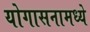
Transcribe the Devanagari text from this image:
योगासनामध्ये